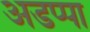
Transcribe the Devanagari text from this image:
अडप्पा